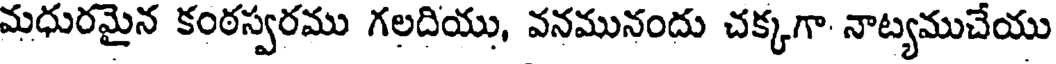
మధురమైన కంఠస్వరము గలదియు, వనమునందు చక్కగా నాట్యముచేయు